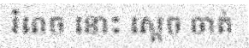
រំពេច នោះ ស្តេច ចាត់